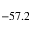
- 5 7 . 2